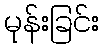
မုန်းခြင်း